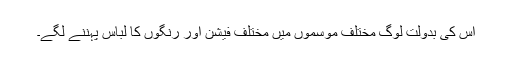
اس کی بدولت لوگ مختلف موسموں میں مختلف فیشن اور رنگوں کا لباس پہننے لگے۔